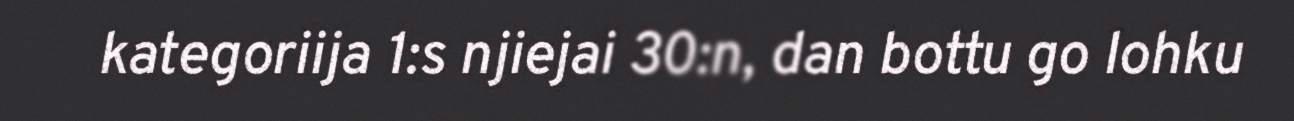
kategoriija 1:s njiejai 30:n, dan bottu go lohku